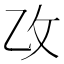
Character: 𫡣